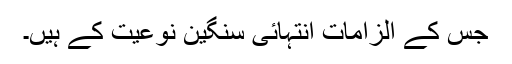
جس کے الزامات انتہائی سنگین نوعیت کے ہیں۔